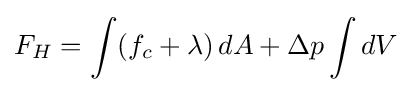
F_{H}=\int (f_{c}+\lambda )\,dA+\Delta p\int dV